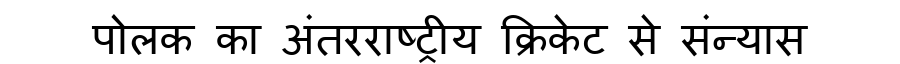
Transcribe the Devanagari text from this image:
पोलक का अंतरराष्ट्रीय क्रिकेट से संन्यास